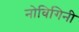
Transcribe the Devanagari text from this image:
नोविगिनी